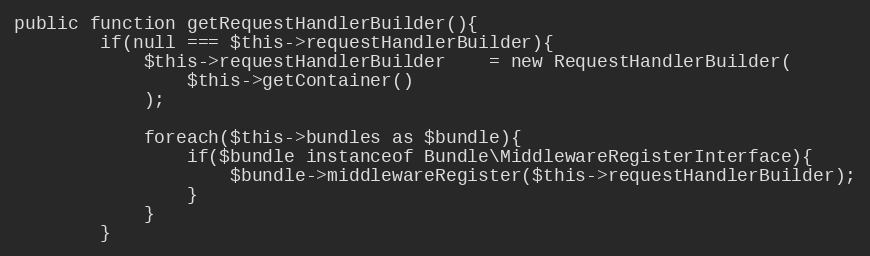
Language: PHP
public function getRequestHandlerBuilder(){
        if(null === $this->requestHandlerBuilder){
            $this->requestHandlerBuilder    = new RequestHandlerBuilder(
                $this->getContainer()
            );

            foreach($this->bundles as $bundle){
                if($bundle instanceof Bundle\MiddlewareRegisterInterface){
                    $bundle->middlewareRegister($this->requestHandlerBuilder);
                }
            }
        }